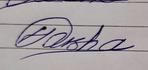
Signature authenticity: genuine